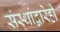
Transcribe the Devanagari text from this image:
संस्थांद्वारेही